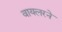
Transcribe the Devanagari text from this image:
वायलरने